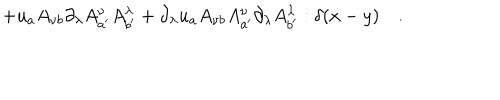
LaTeX: + u _ { a } A _ { \nu b } \partial _ { \lambda } A _ { a ^ { \prime } } ^ { \nu } A _ { b ^ { \prime } } ^ { \lambda } + \partial _ { \lambda } u _ { a } A _ { \nu b } A _ { a ^ { \prime } } ^ { \nu } \partial _ { \lambda } A _ { b ^ { \prime } } ^ { \lambda } : \delta ( x - y ) \quad .